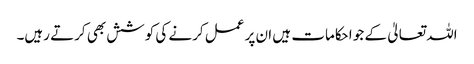
اللہ تعالیٰ کے جو احکامات ہیں ان پر عمل کرنے کی کوشش بھی کرتے رہیں۔